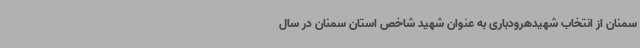
سمنان از انتخاب شهیدهرودباری به عنوان شهید شاخص استان سمنان در سال